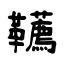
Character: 韉